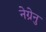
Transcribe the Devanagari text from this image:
नेग्रेनु